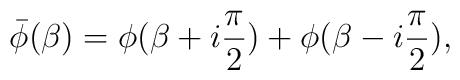
\bar\phi(\beta )=\phi (\beta+i{\pi\over 2})+\phi (\beta-i{\pi\over 2}),